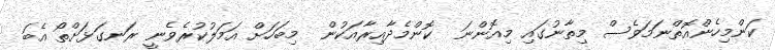
ކަންމިހެންއޮތްނަމަވެސް މިތާނުގައި މިއޮންނަ  ކޮންމެދާއިރާއަކުން  މިބަހަށް އަމަލުކުރެވެނީ ރަނގަޅަށްތޯ އެބަ